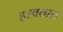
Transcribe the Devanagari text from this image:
हरवतात